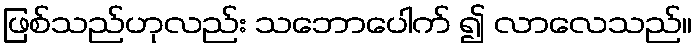
ဖြစ်သည်ဟုလည်း သဘောပေါက် ၍ လာလေသည်။